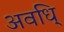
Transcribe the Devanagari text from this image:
अवधि्